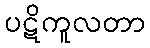
ပဋိကူလတာ